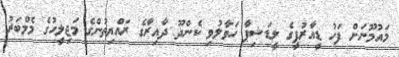
މައުމޫނަށް ފަހު ޑީއާރުޕީގެ ލީޑަޝިޕާ ހަވާލުވި ކެންދޫ ދާއިރާގެ ރައްޔިތުންގެ މަޖިލީހުގެ މެމްބަރު